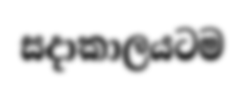
සදාකාලයටම